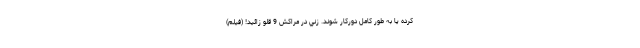
کرده یا به طور کامل دورکار شوند. زني در مراکش 9 قلو زائيد! (فیلم)